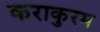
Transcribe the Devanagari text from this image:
कराकुरम